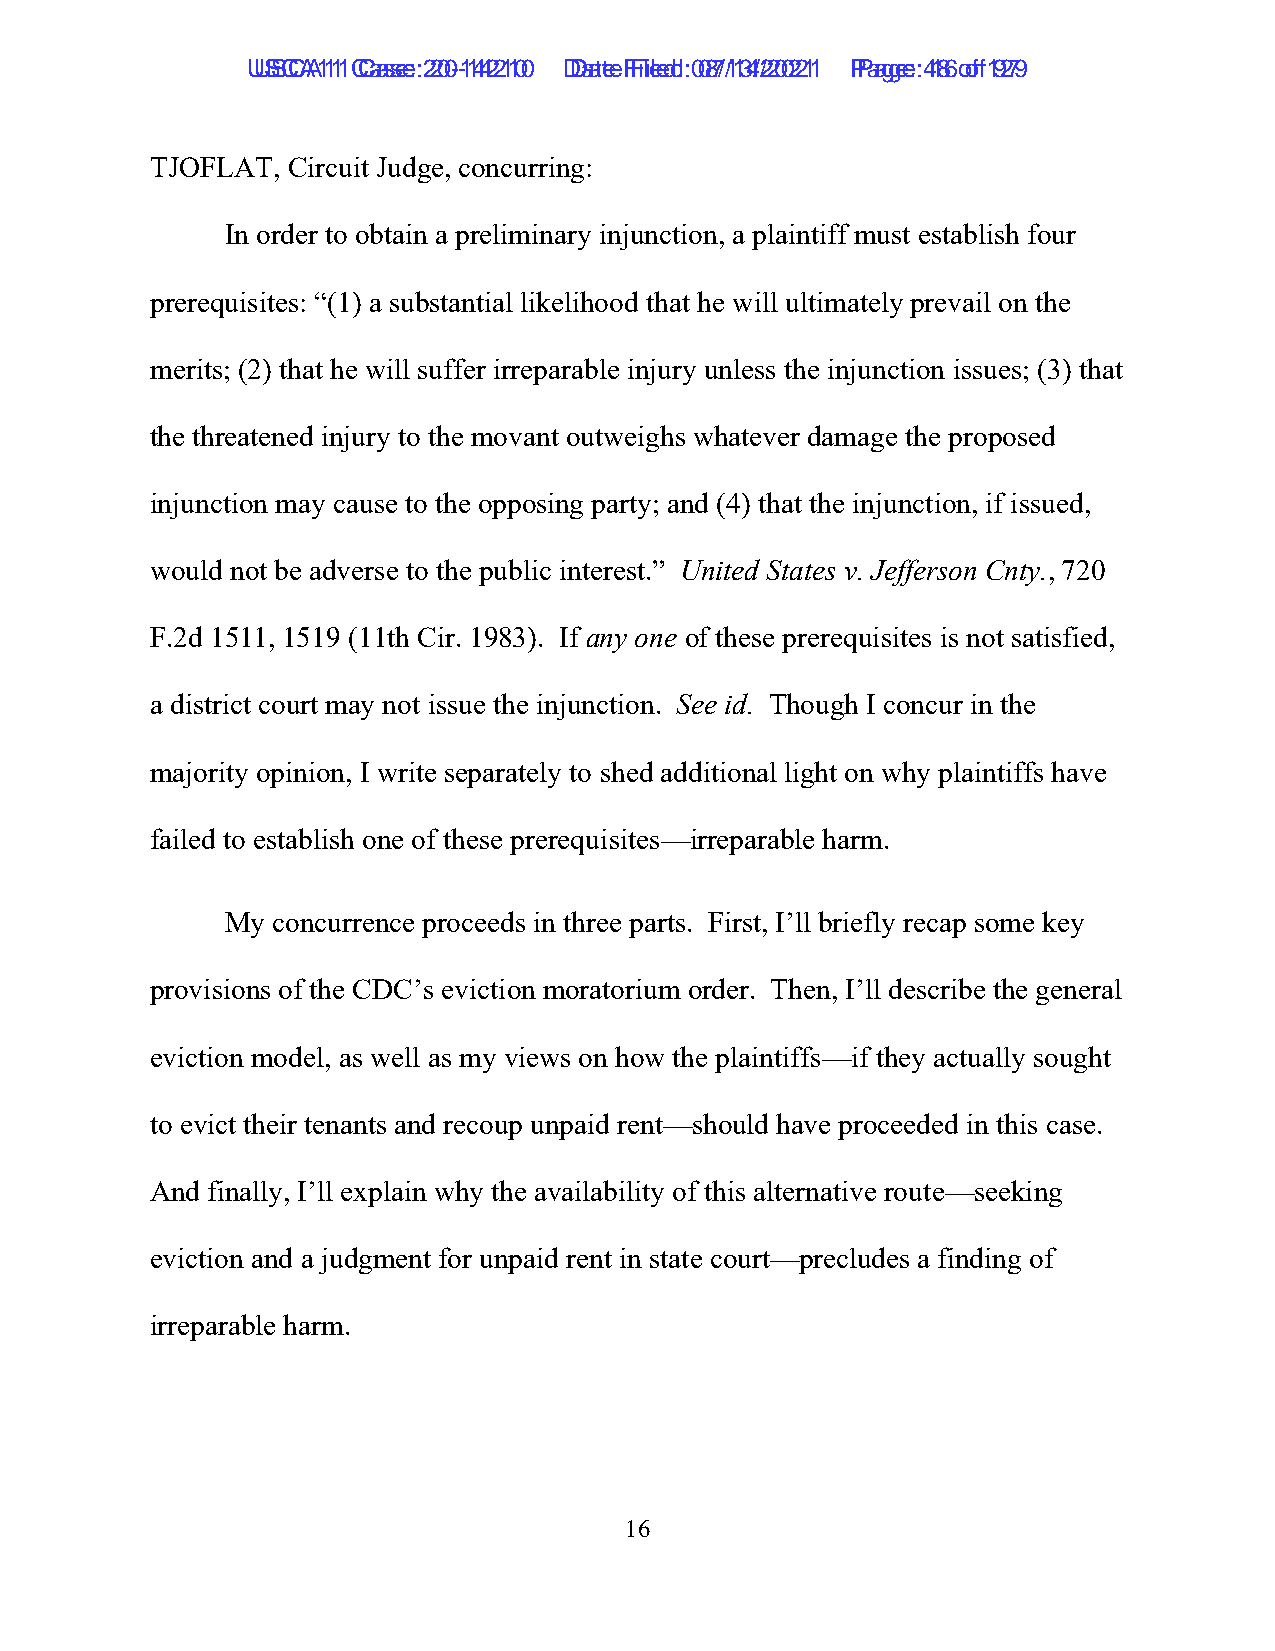
UUSSCCAA1111 C Caassee: :2 200--1144221100 D Daatete F Filieledd: :0 087/1/134/2/2002211 P Paaggee: :4 186 o of f1 9279
 TJOFLAT, Circuit Judge, concurring:
 In order to obtain a preliminary injunction, a plaintiff must establish four
 prerequisites: “(1) a substantial likelihood that he will ultimately prevail on the
 merits; (2) that he will suffer irreparable injury unless the injunction issues; (3) that
 the threatened injury to the movant outweighs whatever damage the proposed
 injunction may cause to the opposing party; and (4) that the injunction, if issued,
 would not be adverse to the public interest.” United States v. Jefferson Cnty., 720
 F.2d 1511, 1519 (11th Cir. 1983). If any one of these prerequisites is not satisfied,
 a district court may not issue the injunction. See id. Though I concur in the
 majority opinion, I write separately to shed additional light on why plaintiffs have
 failed to establish one of these prerequisites—irreparable harm.
 My concurrence proceeds in three parts. First, I’ll briefly recap some key
 provisions of the CDC’s eviction moratorium order. Then, I’ll describe the general
 eviction model, as well as my views on how the plaintiffs—if they actually sought
 to evict their tenants and recoup unpaid rent—should have proceeded in this case.
 And finally, I’ll explain why the availability of this alternative route—seeking
 eviction and a judgment for unpaid rent in state court—precludes a finding of
 irreparable harm.
 16